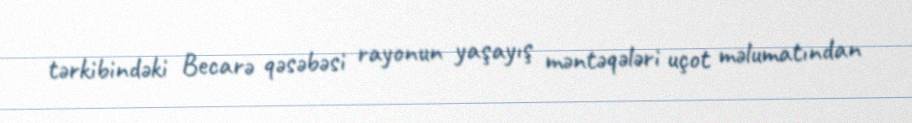
tərkibindəki Becarə qəsəbəsi rayonun yaşayış məntəqələri uçot məlumatından